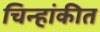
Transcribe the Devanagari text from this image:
चिन्हांकीत